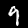
Label: 9